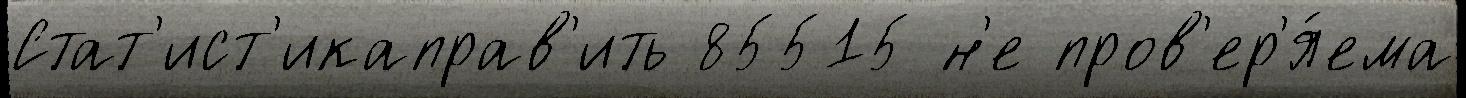
Стат'ист'икаправ'ить 85515 н'е пров'ер'я́ема